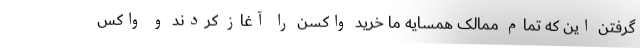
گرفتن این که تمام ممالک همسایه ما خرید واکسن را آغاز کردند و واکس